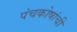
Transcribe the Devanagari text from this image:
पंचकोषांची